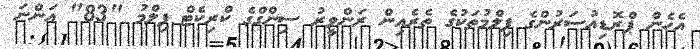
އެހެން ޕްރޮޑިއުސަރުންގެ ފިލްމުތަކުގެ ތެރެއިން ރަންވީރު ސިންގްގެ ކްރިކެޓް ފިލްމު "83" އަންނަ